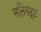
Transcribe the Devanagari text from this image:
मतिगट्ट